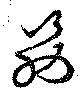
筋